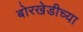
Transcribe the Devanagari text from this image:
बोरखेडीच्या